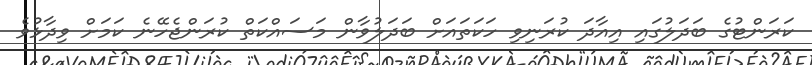
ކަރަންޓުގެ ބަދަލުގައި އިއާދަ ކުރަނިވި ހަކަތައަށް ބަދަލުވާން މަސައްކަތް ކުރަންޖެހޭނެ ކަމަށް ވިދާޅުވެ